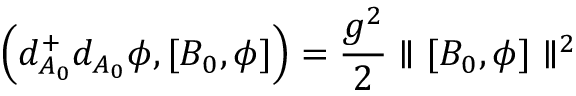
\left( d _ { A _ { 0 } } ^ { + } d _ { A _ { 0 } } \phi , [ B _ { 0 } , \phi ] \right) = { \frac { g ^ { 2 } } { 2 } } \parallel [ B _ { 0 } , \phi ] \parallel ^ { 2 }